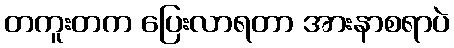
တကူးတက ပြေးလာရတာ အားနာစရာပဲ